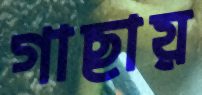
গাছায়